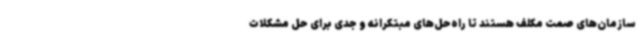
سازمان‌های صمت مکلف هستند تا راه‌حل‌های مبتکرانه و جدی برای حل مشکلات